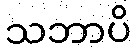
သဘာပိ